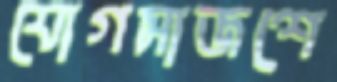
যোগসাজশে